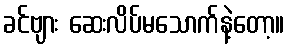
ခင်ဗျား ဆေးလိပ်မသောက်နဲ့တော့။